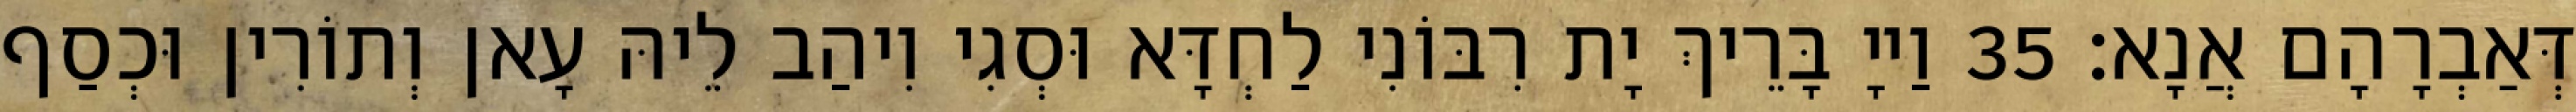
דְּאַבְרָהָם אֲנָא׃ 35 וַייָ בָּרֵיךְ יָת רִבּוֹנִי לַחְדָּא וּסְגִי וִיהַב לֵיהּ עָאן וְתוֹרִין וּכְסַף